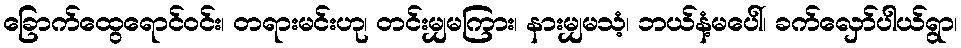
ခြောက်ထွေရောင်ဝင်း၊ တရားမင်းဟု၊ တင်းမျှမကြား၊ နားမျှမသံ့၊ ဘယ်နံ့မပေါ်၊ ခက်လှော်ပါယ်ရွာ၊